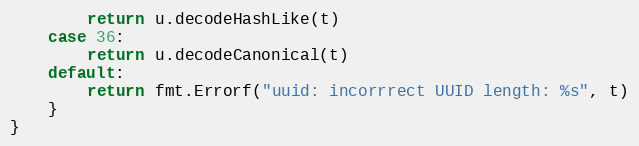
Language: Go
		return u.decodeHashLike(t)
	case 36:
		return u.decodeCanonical(t)
	default:
		return fmt.Errorf("uuid: incorrrect UUID length: %s", t)
	}
}